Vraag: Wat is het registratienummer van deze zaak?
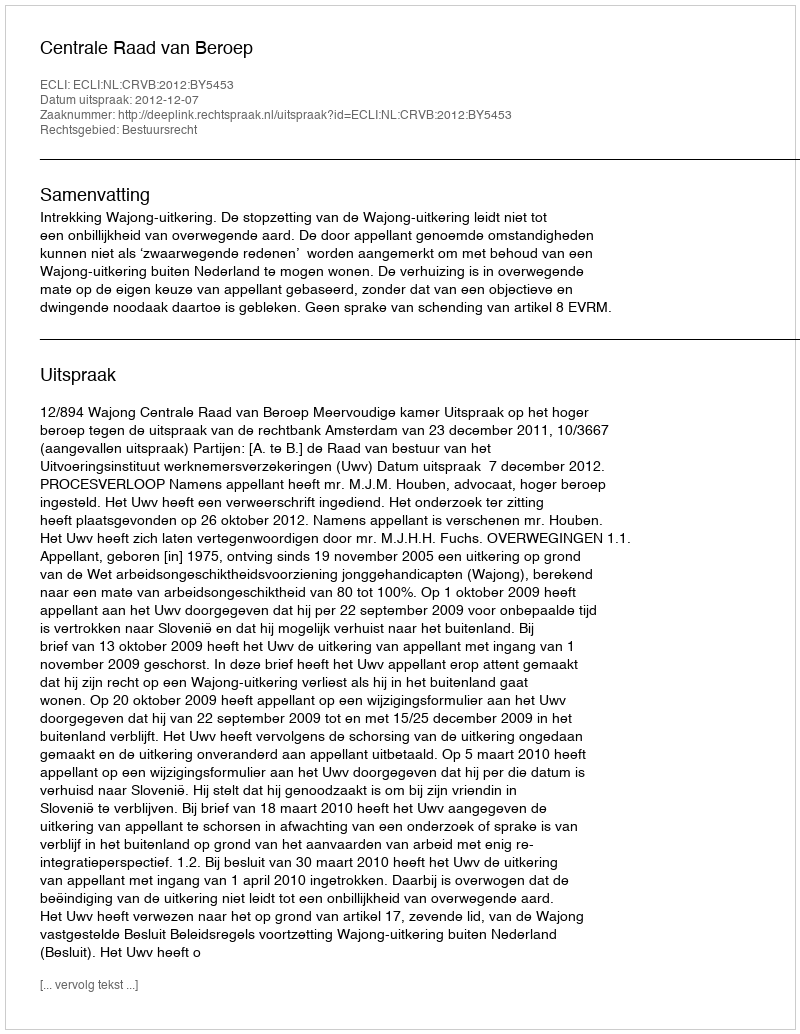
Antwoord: http://deeplink.rechtspraak.nl/uitspraak?id=ECLI:NL:CRVB:2012:BY5453